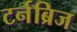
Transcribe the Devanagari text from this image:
टर्नब्रिज